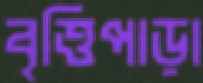
বৃত্তিপাড়া